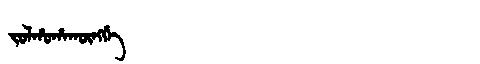
Manchu: ᠵᠣᠯᡥᠣᡥᠠᡴᡡᠩᡤᡝ
Romanization: JOLHOHAKŪNGGE